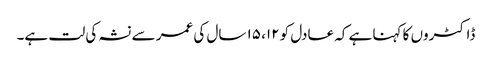
ڈاکٹروں کا کہنا ہے کہ عادل کو ۱۲، ۱۵ سال کی عمر سے نشہ کی لت ہے۔